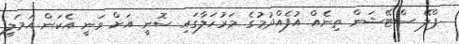
ޕްލޭ ސްޓޭޝަން ތިނެއް އުފެއްދުމުގެ މަރުހަލާގައި ސޮނީ އަށް ވަނީ އެކަން އަމަލީ